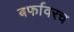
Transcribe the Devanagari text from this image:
बर्फावरच